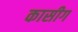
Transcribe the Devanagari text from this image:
कासीग